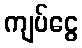
ကျပ်ငွေ